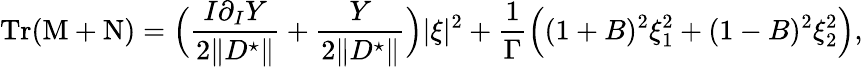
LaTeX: \mathrm{Tr}(\mathrm{M}+\mathrm{N})=\Big(\frac{I\partial_{I}Y}{2\| D^{\star}\| }+\frac{Y}{2\| D^{\star}\| }\Big)|\xi|^{2}+\frac{1}{\Gamma}\Big((1+B)^{2}\xi_{1}^{2}+(1-B)^{2}\xi_{2}^{2}\Big),